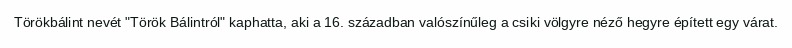
Törökbálint nevét "Török Bálintról" kaphatta, aki a 16. században valószínűleg a csiki völgyre néző hegyre épített egy várat.